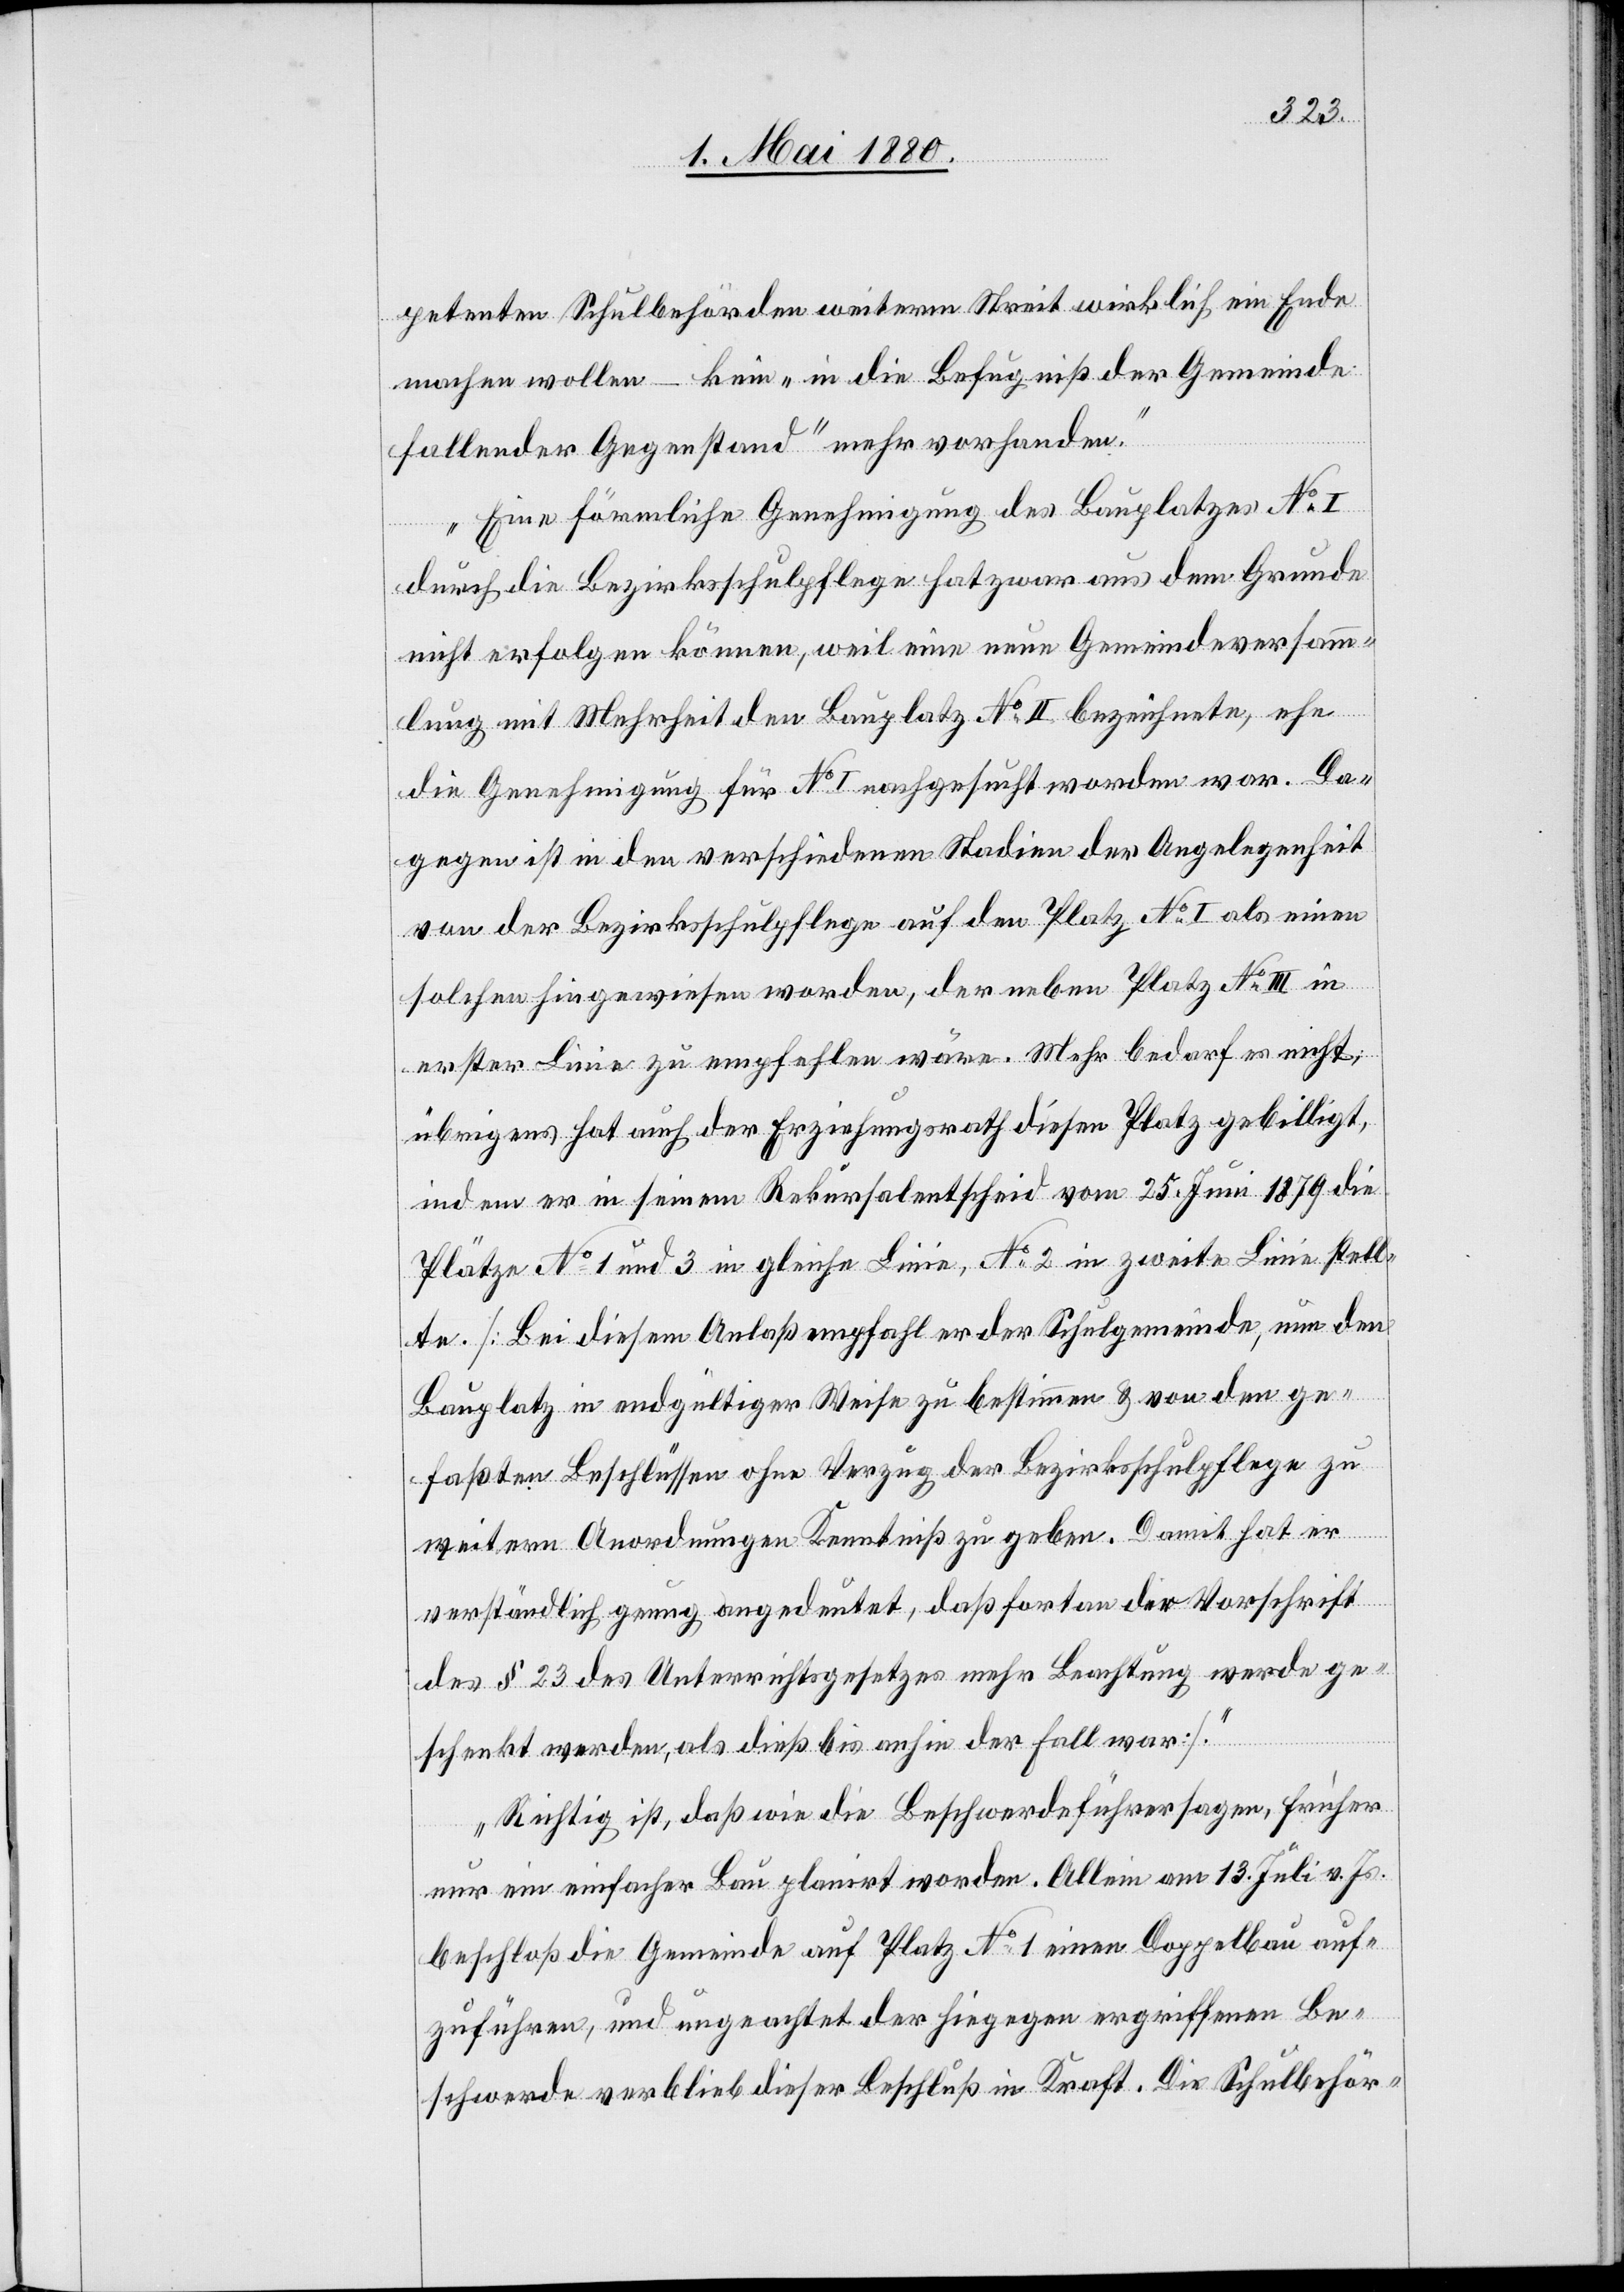
petenten Schulbehörden weiterm Streit wirklich ein Ende
machen wollen – kein „in die Befugniß der Gemeinde
fallender Gegenstand“ mehr vorhanden.
Eine förmliche Genehmigung des Bauplatzes No I
durch die Bezirksschulpflege hat zwar aus dem Grunde
nicht erfolgen können, weil eine neue Gemeindeversamm¬
lung mit Mehrheit den Bauplatz No II bezeichnete, ehe
die Genehmigung für No I nachgesucht worden war. Da¬
gegen ist in den verschiedenen Stadien der Angelegenheit
von der Bezirksschulpflege auf den Platz No I als einen
solchen hingewiesen worden, der neben Platz No III in
erster Linie zu empfehlen wäre. Mehr bedarf es nicht;
übrigens hat auch der Erziehungsrath diesen Platz gebilligt,
indem er in seinem Rekursalentscheid vom 25. Juni 1879 die
Plätze No 1 und 3 in gleicher Linie, No 2 in zweite Linie stell¬
te. [Bei diesem Anlaß empfahl er der Schulgemeinde, nun den
Bauplatz in endgültiger Weise zu bestimmen & von den ge¬
faßten Beschlüßen ohne Verzug der Bezirksschulpflege zu
weitern Anordnungen Kenntniß zu geben. Damit hat er
verständlich genug angedeutet, daß fortan der Vorschrift
des § 23 des Unterrichtsgesetzes mehr Beachtung werde ge¬
schenkt werden, als dieß bis anhin der Fall war.
Richtig ist, daß wie die Beschwerdeführer sagen, früher
nur ein einfacher Bau planirt worden. Allein am 13. Juli v. Js.
beschloß die Gemeinde auf Platz No 1 einen Doppelbau auf¬
zuführen, und ungeachtet der hiegegen ergriffenen Be¬
schwerde verblieb dieser Beschluß in Kraft. Die Schulbehör-